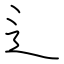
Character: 辶